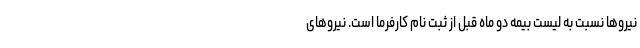
نیروها نسبت به لیست بیمه دو ماه قبل از ثبت نام کارفرما است. نیروهای